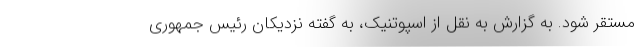
مستقر شود. به گزارش به نقل از اسپوتنیک، به گفته نزدیکان رئیس جمهوری